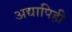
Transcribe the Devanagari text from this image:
अद्यापिही